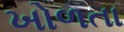
ખોળતા